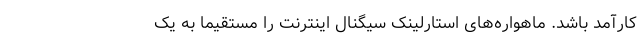
کارآمد باشد. ماهواره‌های استارلینک سیگنال اینترنت را مستقیماً به یک